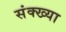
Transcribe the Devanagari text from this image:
संक्ख्या